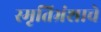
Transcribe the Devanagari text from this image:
स्मृतिभ्रंशाचे